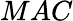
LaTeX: MAC